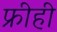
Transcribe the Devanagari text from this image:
फ्रीही